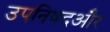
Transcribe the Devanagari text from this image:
उपनिषदऔर